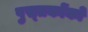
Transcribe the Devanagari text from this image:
पुस्‍तकोंको